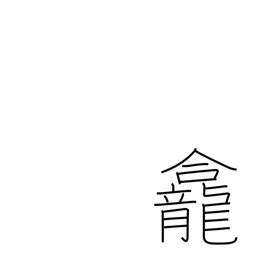
Meaning: alcove for an image